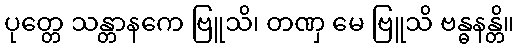
ပုတ္တေ သန္တာနကေ ဗြူသိ၊ တဏှ မေ ဗြူသိ ဗန္ဓနန္တိ။